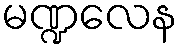
မဏ္ဍလေန